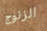
الزنوج